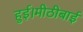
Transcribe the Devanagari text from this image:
हुई।मीठीबाई